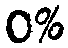
0%